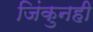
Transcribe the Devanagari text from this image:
जिंकुनही